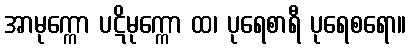
အာမုက္ကော ပဋိမုက္ကော ထ၊ ပုရေစာရီ ပုရေစရော။